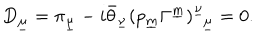
D _ { \underline { { \mu } } } = \pi _ { \underline { { \mu } } } - i \bar { \theta } _ { \underline { { { \nu } } } } ( p _ { \underline { { m } } } \Gamma ^ { \underline { { m } } } ) _ { ~ ~ \underline { { { \mu } } } } ^ { \underline { { { \nu } } } } = 0 .